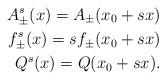
LaTeX: \begin{align*}A^s_{\pm}(x)=A_{\pm}(x_0+sx)\\f^s_{\pm}(x)=sf_{\pm}(x_0+sx)\\Q^s(x)=Q(x_0+sx).\end{align*}